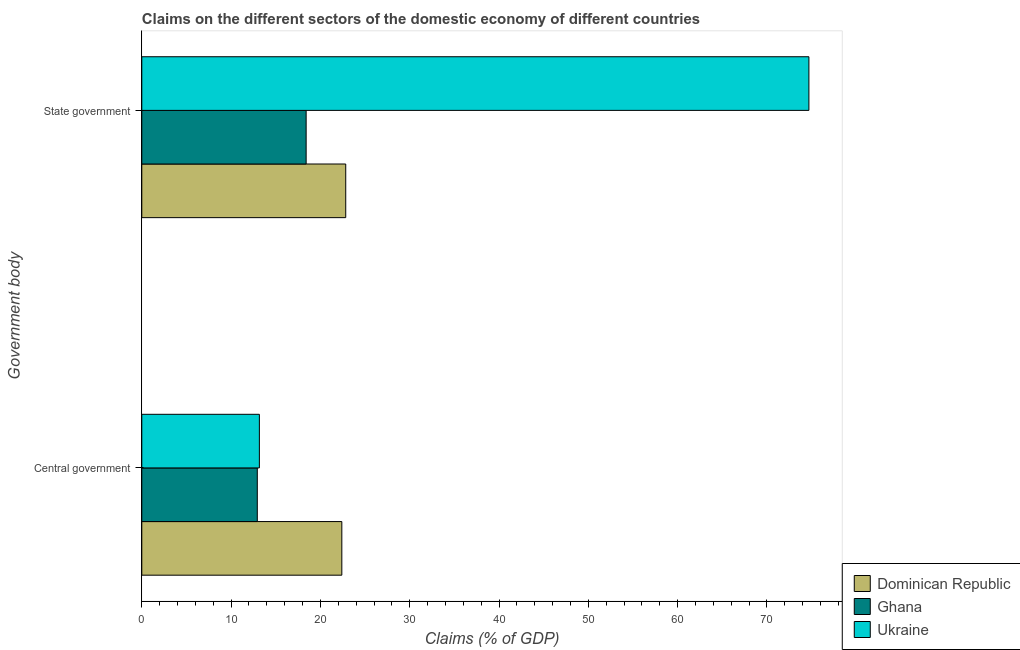
| Government body | Dominican Republic | Ghana | Ukraine |
 | --- | --- | --- | --- |
 | Central government | 22.4 | 12.9 | 13.2 |
 | State government | 22.8 | 18.4 | 74.7 |